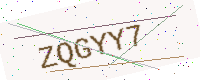
Text: ZQGYY7